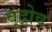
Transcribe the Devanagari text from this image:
वूद्रोव